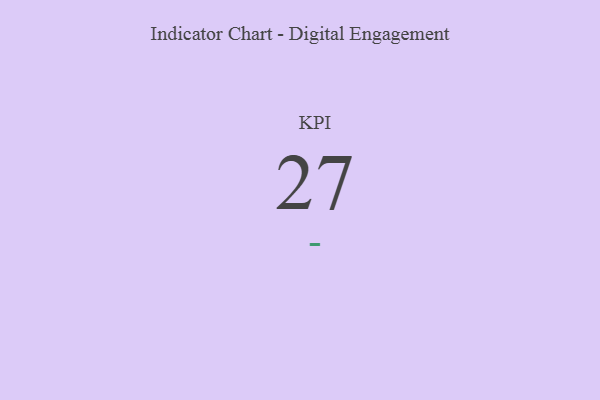
{"axis": {"x": "KPI", "y": "Value"}, "legend": [""], "data": [{"x": "KPI", "y": 27, "type": ""}]}